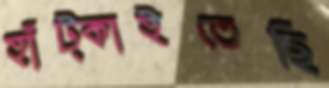
হাঁট্‌কাইতেছি